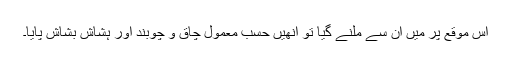
اس موقع پر میں ان سے ملنے گیا تو انھیں حسب معمول چاق و چوبند اور ہشاش بشاش پایا۔